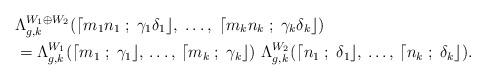
LaTeX: \begin{align*}&\Lambda_{g,k}^{W_1\oplus W_2}(\lceil m_1n_1 \; ; \; \gamma_1\delta_1 \rfloor, \; \ldots, \; \lceil m_kn_k \; ; \; \gamma_k\delta_k \rfloor)\\&=\Lambda_{g,k}^{W_1}(\lceil m_1 \; ; \; \gamma_1 \rfloor, \, \ldots, \,\lceil m_k \; ; \; \gamma_k \rfloor)\, \, \Lambda_{g,k}^{W_2}(\lceil n_1 \; ; \; \delta_1 \rfloor, \, \ldots,\, \lceil n_k \; ; \; \delta_k \rfloor).\end{align*}